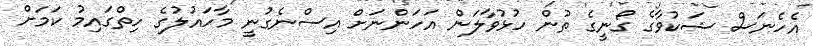
އެހެނަސް ޝަކުވާގެ ގޯނީގެ ތުން ހުޅުވާލަން އަހަންނަށް އިސްނެގުނީ މާހައުލުގެ ހިތްގައިމު ކަމަށް